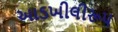
આડખીલીરૂપ